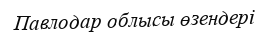
Павлодар облысы өзендері